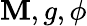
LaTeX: \mathbf{M},g,\phi